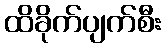
ထိခိုက်ပျက်စီး